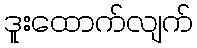
ဒူးထောက်လျက်